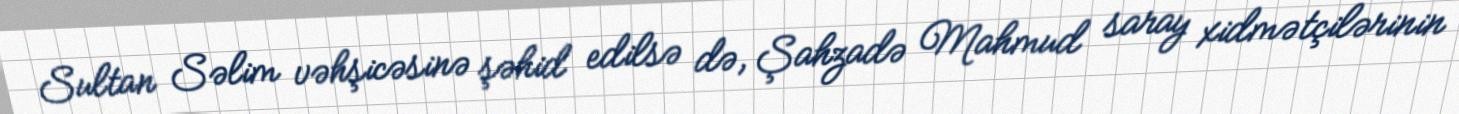
Sultan Səlim vəhşicəsinə şəhid edilsə də, Şahzadə Mahmud saray xidmətçilərinin